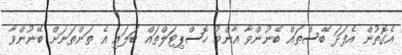
އެގޮތުން އެފަދަ ބޭސްތައް ބޭނުންވާ އާންމު ހޮސްޕިޓަލްތައް ބަލައި އެ ތަންތަނަށް ބޭނުންވާ